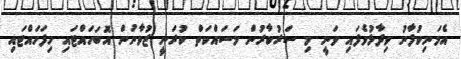
އެމަނިކުފާނު ވިދާޅުވެފައި ވަނީ މި ސަރުކާރުން މަސައްކަތް ކުރަނީ ޒުވާނުން އޮބަހައްޓައި ހިފަހައްޓައި